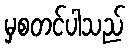
မှစတင်ပါသည်